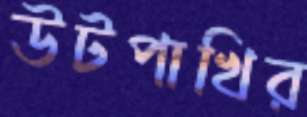
উটপাখির